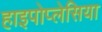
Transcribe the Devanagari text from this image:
हाइपोप्लेसिया